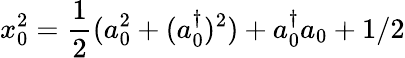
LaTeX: x_{0}^{2}=\frac{1}{2}(a_{0}^{2}+(a_{0}^{\dagger})^{2})+a_{0}^{\dagger}a_{0}+1/2